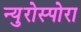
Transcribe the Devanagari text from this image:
न्युरोस्पोरा